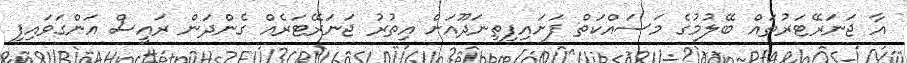
އާ ޖަނަރޭޓަރުތައް ބޭލުމުގެ މަސައްކަތް ފަށައިފިތިނަދޫއަށް އިތުރު ޖަނަރޭޓަރެއް ގެންދަން ރައީސް އަންގަވައިފި